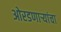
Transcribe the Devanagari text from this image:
ओरडणार्‍यांचा